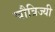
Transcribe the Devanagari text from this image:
चौत्रिज्यी